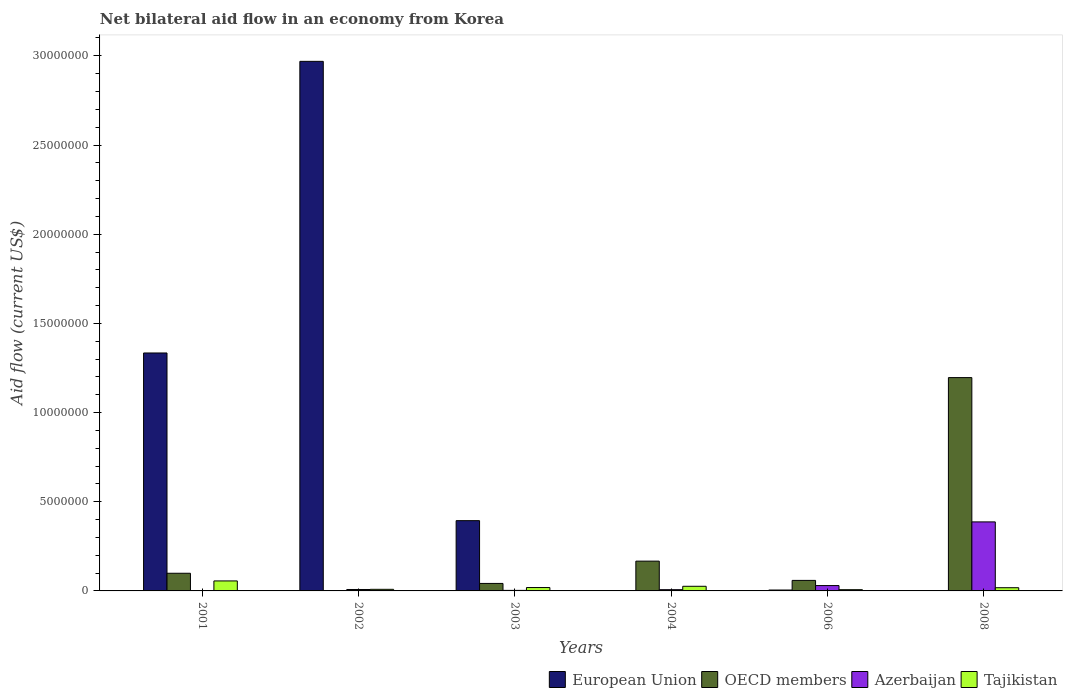
| Years | European Union | OECD members | Azerbaijan | Tajikistan |
 | --- | --- | --- | --- | --- |
 | 2001 | 1.33e+07 | 9.9e+05 | 2e+04 | 5.6e+05 |
 | 2002 | 2.97e+07 | -1.8e+05 | 8e+04 | 9e+04 |
 | 2003 | 3.94e+06 | 4.2e+05 | 3e+04 | 1.9e+05 |
 | 2004 | -1.1e+06 | 1.67e+06 | 7e+04 | 2.6e+05 |
 | 2006 | 5e+04 | 5.9e+05 | 3e+05 | 7e+04 |
 | 2008 | -1.11e+06 | 1.2e+07 | 3.87e+06 | 1.8e+05 |